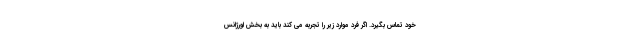
خود تماس بگیرد. اگر فرد موارد زیر را تجربه می کند باید به بخش اورژانس